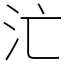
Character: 汒